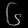
Digit: ၆